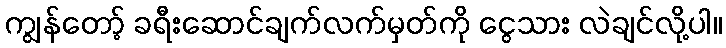
ကျွန်တော့် ခရီးဆောင်ချက်လက်မှတ်ကို ငွေသား လဲချင်လို့ပါ။